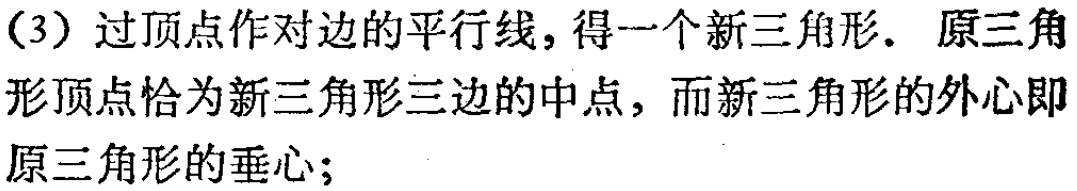
(3) 过顶点作对边的平行线，得一个新三角形. 原三角形顶点恰为新三角形三边的中点，而新三角形的外心即原三角形的垂心；